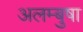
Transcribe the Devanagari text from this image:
अलम्बुषा